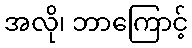
အလို၊ ဘာကြောင့်